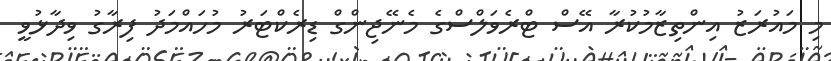
މި މައުރަޒު އިންތިޒާމުކުރާ އޭސް ޓްރެވަލްސްގެ މެނޭޖިންގް ޑިރެކްޓަރު މުހައްމަދު ފިރާގު ވިދާޅުވީ